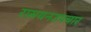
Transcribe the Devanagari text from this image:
रासयनउपचार